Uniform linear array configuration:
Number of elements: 16
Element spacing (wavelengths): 0.75
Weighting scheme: blackman
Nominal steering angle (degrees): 45
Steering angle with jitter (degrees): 43.997
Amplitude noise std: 0.05
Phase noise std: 0.05

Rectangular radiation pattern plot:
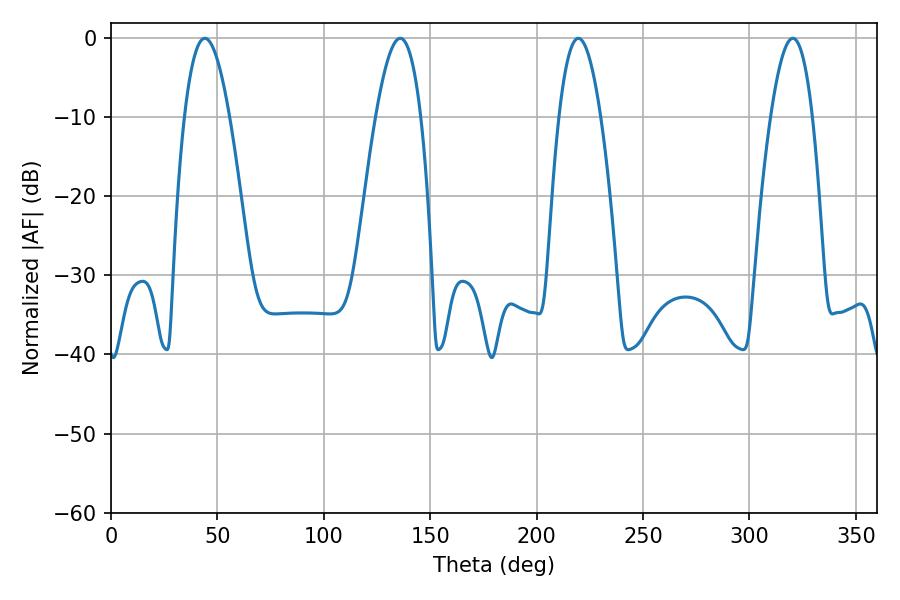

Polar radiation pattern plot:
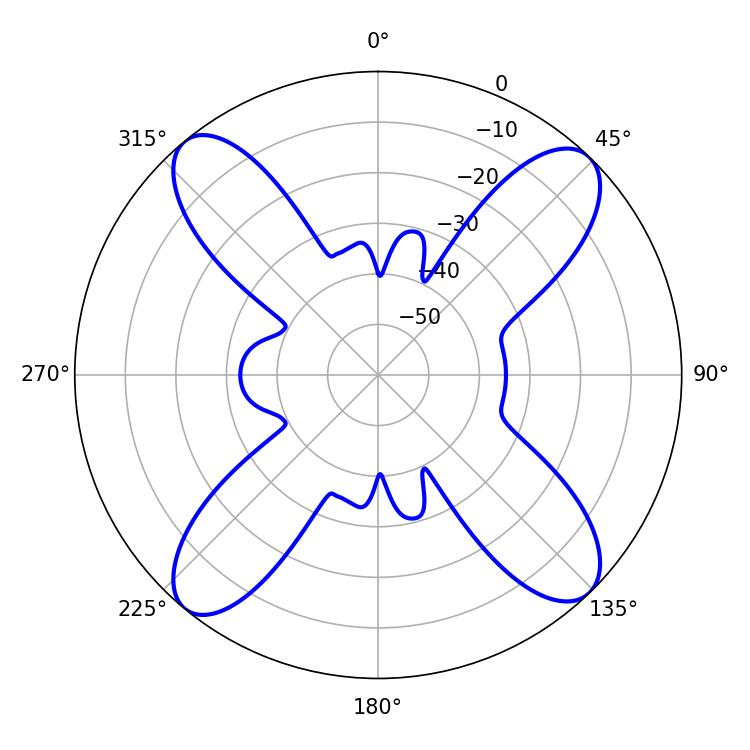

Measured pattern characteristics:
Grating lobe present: TRUE
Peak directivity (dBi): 16.315
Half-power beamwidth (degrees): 10.8
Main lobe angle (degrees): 219.6